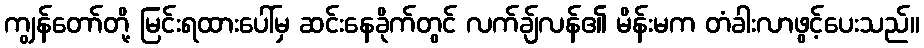
ကျွန်တော်တို့ မြင်းရထားပေါ်မှ ဆင်းနေခိုက်တွင် လက်ချ်လန်၏ မိန်းမက တံခါးလာဖွင့်ပေးသည်။